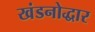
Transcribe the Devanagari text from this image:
खंडनोद्धार